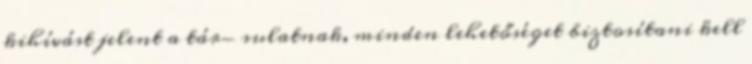
kihívást jelent a tár- sulatnak, minden lehetőséget biztosítani kell